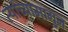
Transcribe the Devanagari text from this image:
त्यांच्यामागुन